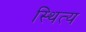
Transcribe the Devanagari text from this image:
स्थित्य